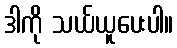
ဒါကို သယ်ယူပေးပါ။